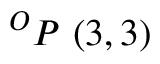
^ { O } P \ ( 3 , 3 )